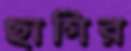
ছাগির